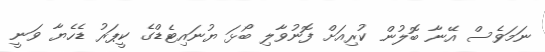
ނަމަވެސް އޭނާ ބޮލުން ކުރިއަށް ފޮނުވާލި ބޯޅަ ޔުނައިޓެޑްގެ ކީޕަރު ޑެހެޔާ ވަނީ